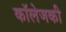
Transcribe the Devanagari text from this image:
कॉलेजकी